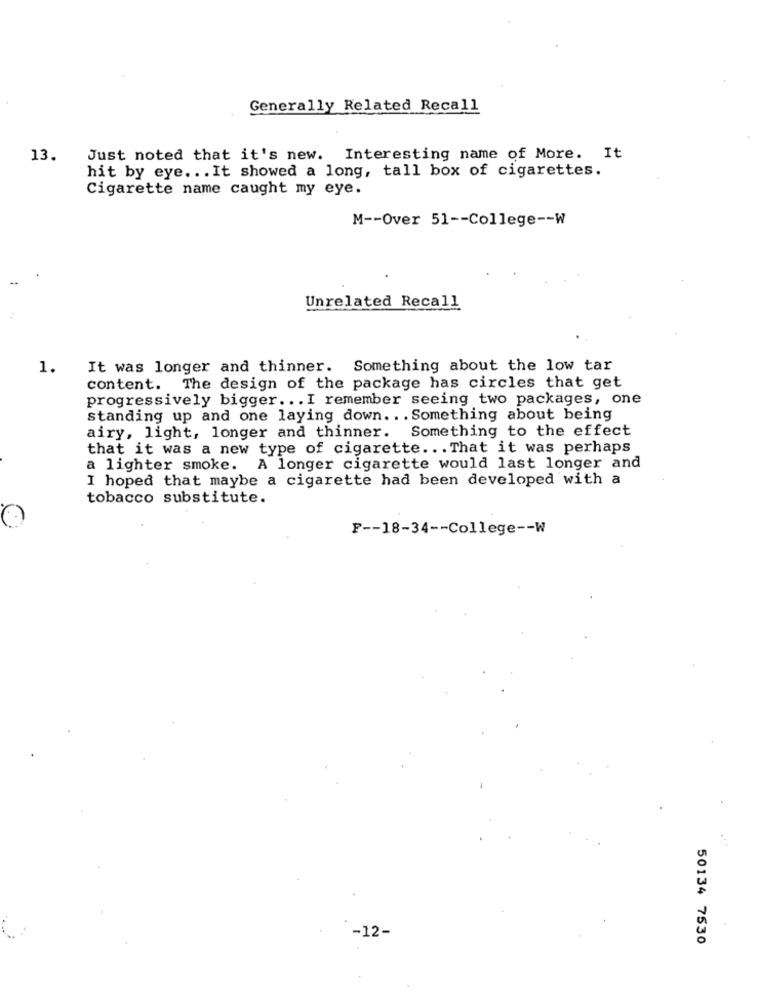
Generally Related Recall
13.
Just noted that it's new. Interesting name of More. It
hit by eye. .. It showed a long, tall box of cigarettes.
Cigarette name caught my eye.
M -- Over 51 -- College -- W
Unrelated Recall
1.
It was longer and thinner. Something about the low tar
content. The design of the package has circles that get
progressively bigger ... I remember seeing two packages, one
standing up and one laying down. .. Something about being
airy, light, longer and thinner. Something to the effect
that it was a new type of cigarette ... That it was perhaps
a lighter smoke. A longer cigarette would last longer and
I hoped that maybe a cigarette had been developed with a
tobacco substitute.
F -- 18-34 -- College -- W
-12-
50134 7530